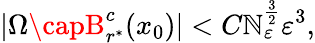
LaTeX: |\Omega\capB_{r^{\ast}}^{c}(x_{0})|<C\mathbb{N}_{\varepsilon}^{\frac{{3}}{{2}}}\varepsilon^{3},